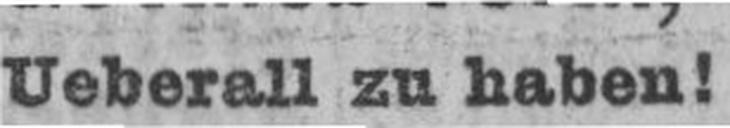
Ueberall zu haben!